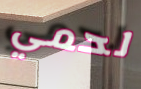
لحمي